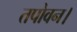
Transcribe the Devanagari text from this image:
तपोवन।